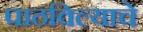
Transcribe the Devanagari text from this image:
पाठविल्याचे